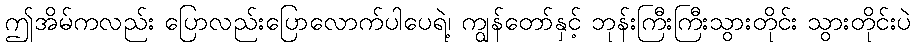
ဤအိမ်ကလည်း ပြောလည်းပြောလောက်ပါပေရဲ့၊ ကျွန်တော်နှင့် ဘုန်းကြီးကြီးသွားတိုင်း သွားတိုင်းပဲ